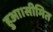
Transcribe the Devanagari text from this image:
हुआ।सीमित